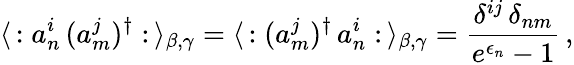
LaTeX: \langle\, :a_{n}^{i}\, (a_{m}^{j})^{\dagger}:\, \rangle_{\beta,\gamma}=\langle\, :(a_{m}^{j})^{\dagger}\, a_{n}^{i}:\, \rangle_{\beta,\gamma}=\frac{\delta^{ij}\, \delta_{nm}}{e^{\epsilon_{n}}-1}\, ,